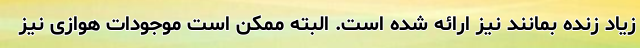
زیاد زنده بمانند نیز ارائه شده است. البته ممکن است موجودات هوازی نیز